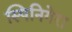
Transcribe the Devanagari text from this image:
स्पिनिगेरा